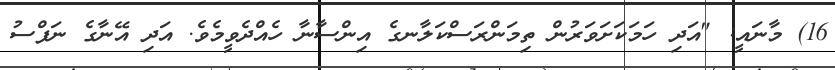
16) މާނައީ: "އަދި ހަމަކަށަވަރުން ތިމަންރަސްކަލާނގެ އިންސާނާ ހެއްދެވީމެވެ. އަދި އޭނާގެ ނަފްސު